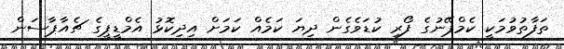
ތަފާތުވުމަކީ ކެމްޕޭނުގެ ފޯރި ކުޑަވެގެން ދިޔަ ކަމެއް ކަމަށް އިދިކޮޅު އެމްޑީޕީގެ ޗެއާޕާސަން